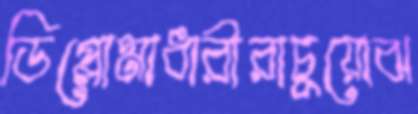
ডিপ্লোমাধারীরাচুয়োঝ